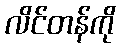
လိင်တန်ကို